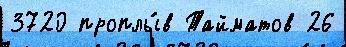
3720 проплы́в Тайматов 26